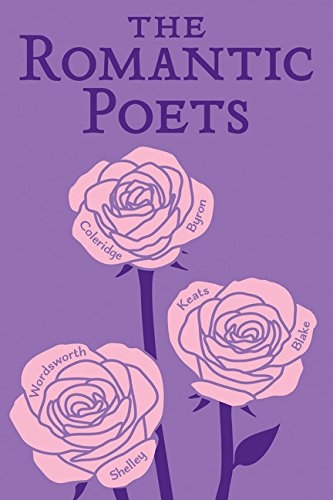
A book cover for The Romantic Poets (Word Cloud Classics); John Keats; Literature & Fiction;